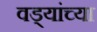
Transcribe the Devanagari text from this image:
वड्यांच्या